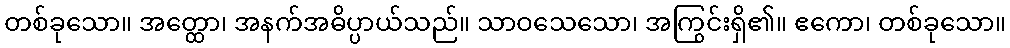
တစ်ခုသော။ အတ္ထော၊ အနက်အဓိပ္ပာယ်သည်။ သာဝသေသော၊ အကြွင်းရှိ၏။ ဧကော၊ တစ်ခုသော။